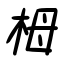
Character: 栂